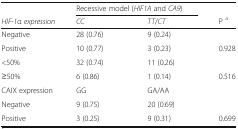
|  | <COLSPAN=2> Recessive model (HIF1A and CA9) |  |
 | HIF-1α expression | CC | TT/CT | P a |
 | --- | --- | --- | --- |
 | Negative | 28 (0.76) | 9 (0.24) |  |
 | Positive | 10 (0.77) | 3 (0.23) | 0.928 |
 | <50% | 32 (0.74) | 11 (0.26) |  |
 | ≥50% | 6 (0.86) | 1 (0.14) | 0.516 |
 | CAIX expression | GG | GA/AA |  |
 | Negative | 9 (0.75) | 20 (0.69) |  |
 | Positive | 3 (0.25) | 9 (0.31) | 0.699 |